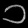
Digit: ၁